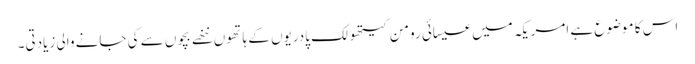
اس کا موضوع ہے امریکہ میں عیسائی رومن کیتھولک پادریوں کے ہاتھوں ننھے بچوں سے کی جانے والی زیادتی۔